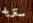
ستزيد